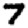
Digit: 7